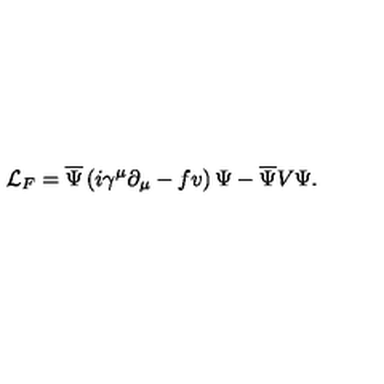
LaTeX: \mathcal { L } _ { F } = \overline { { \Psi } } \left( i \gamma ^ { \mu } \partial _ { \mu } - f v \right) \Psi - \overline { { \Psi } } V \Psi .